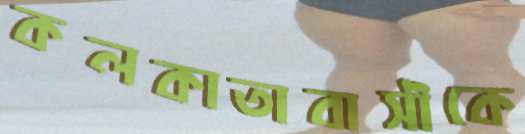
কলকাতাবাসীকে